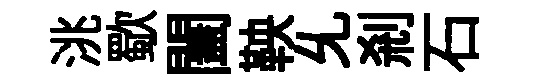
洮歜闔鞅𠃔刹石